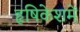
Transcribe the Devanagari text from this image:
हृषिकेशमें